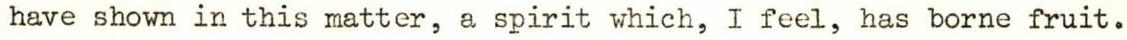
have shown in this matter, a spirit which, I feel, has borne fruit.